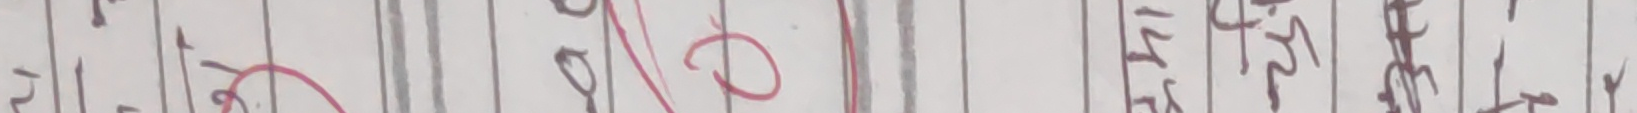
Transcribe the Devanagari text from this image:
दोल